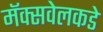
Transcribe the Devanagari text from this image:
मॅक्सवेलकडे